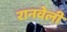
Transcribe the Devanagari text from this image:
रानवेली